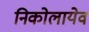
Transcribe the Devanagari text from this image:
निकोलायेव